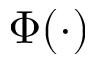
\Phi ( \cdot )